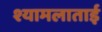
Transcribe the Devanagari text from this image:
श्यामलाताई